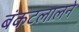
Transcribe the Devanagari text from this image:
बंकटलालने